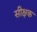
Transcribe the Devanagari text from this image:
सीक्षक